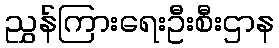
ညွှန်ကြားရေးဦးစီးဌာန